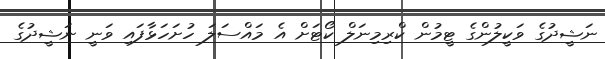
ނަޝީދުގެ ވަކީލުންގެ ޓީމުން ކްރިމިނަލް ކޯޓަށް އެ މައްސަލަ ހުށަހަޅާފައި ވަނީ ނަޝީދުގެ